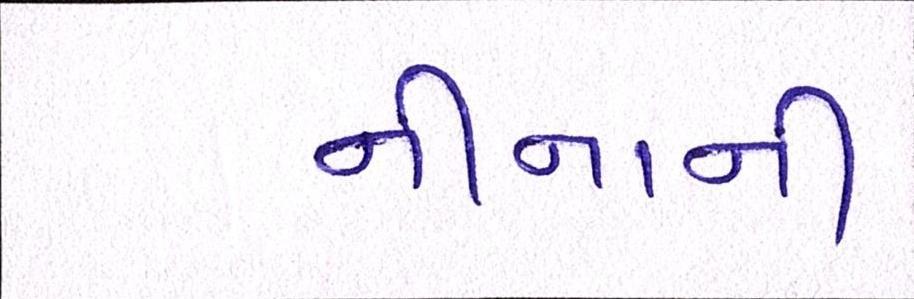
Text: નીનાની